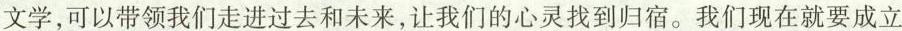
文学，可以带领我们走进过去和未来，让我们的心灵找到归宿。我们现在就要成立